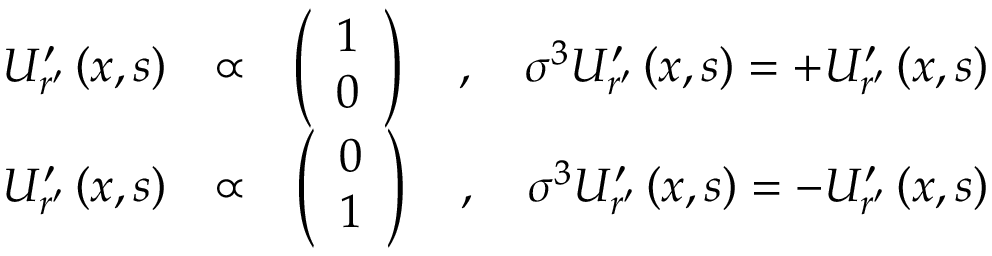
\begin{array} { r l r } { U _ { r ^ { \prime } } ^ { \prime } \left( x , s \right) } & { \propto } & { \left( \begin{array} { c } { 1 } \\ { 0 } \end{array} \right) \quad , \quad \sigma ^ { 3 } U _ { r ^ { \prime } } ^ { \prime } \left( x , s \right) = + U _ { r ^ { \prime } } ^ { \prime } \left( x , s \right) } \\ { U _ { r ^ { \prime } } ^ { \prime } \left( x , s \right) } & { \propto } & { \left( \begin{array} { c } { 0 } \\ { 1 } \end{array} \right) \quad , \quad \sigma ^ { 3 } U _ { r ^ { \prime } } ^ { \prime } \left( x , s \right) = - U _ { r ^ { \prime } } ^ { \prime } \left( x , s \right) } \end{array}